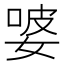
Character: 𭒂